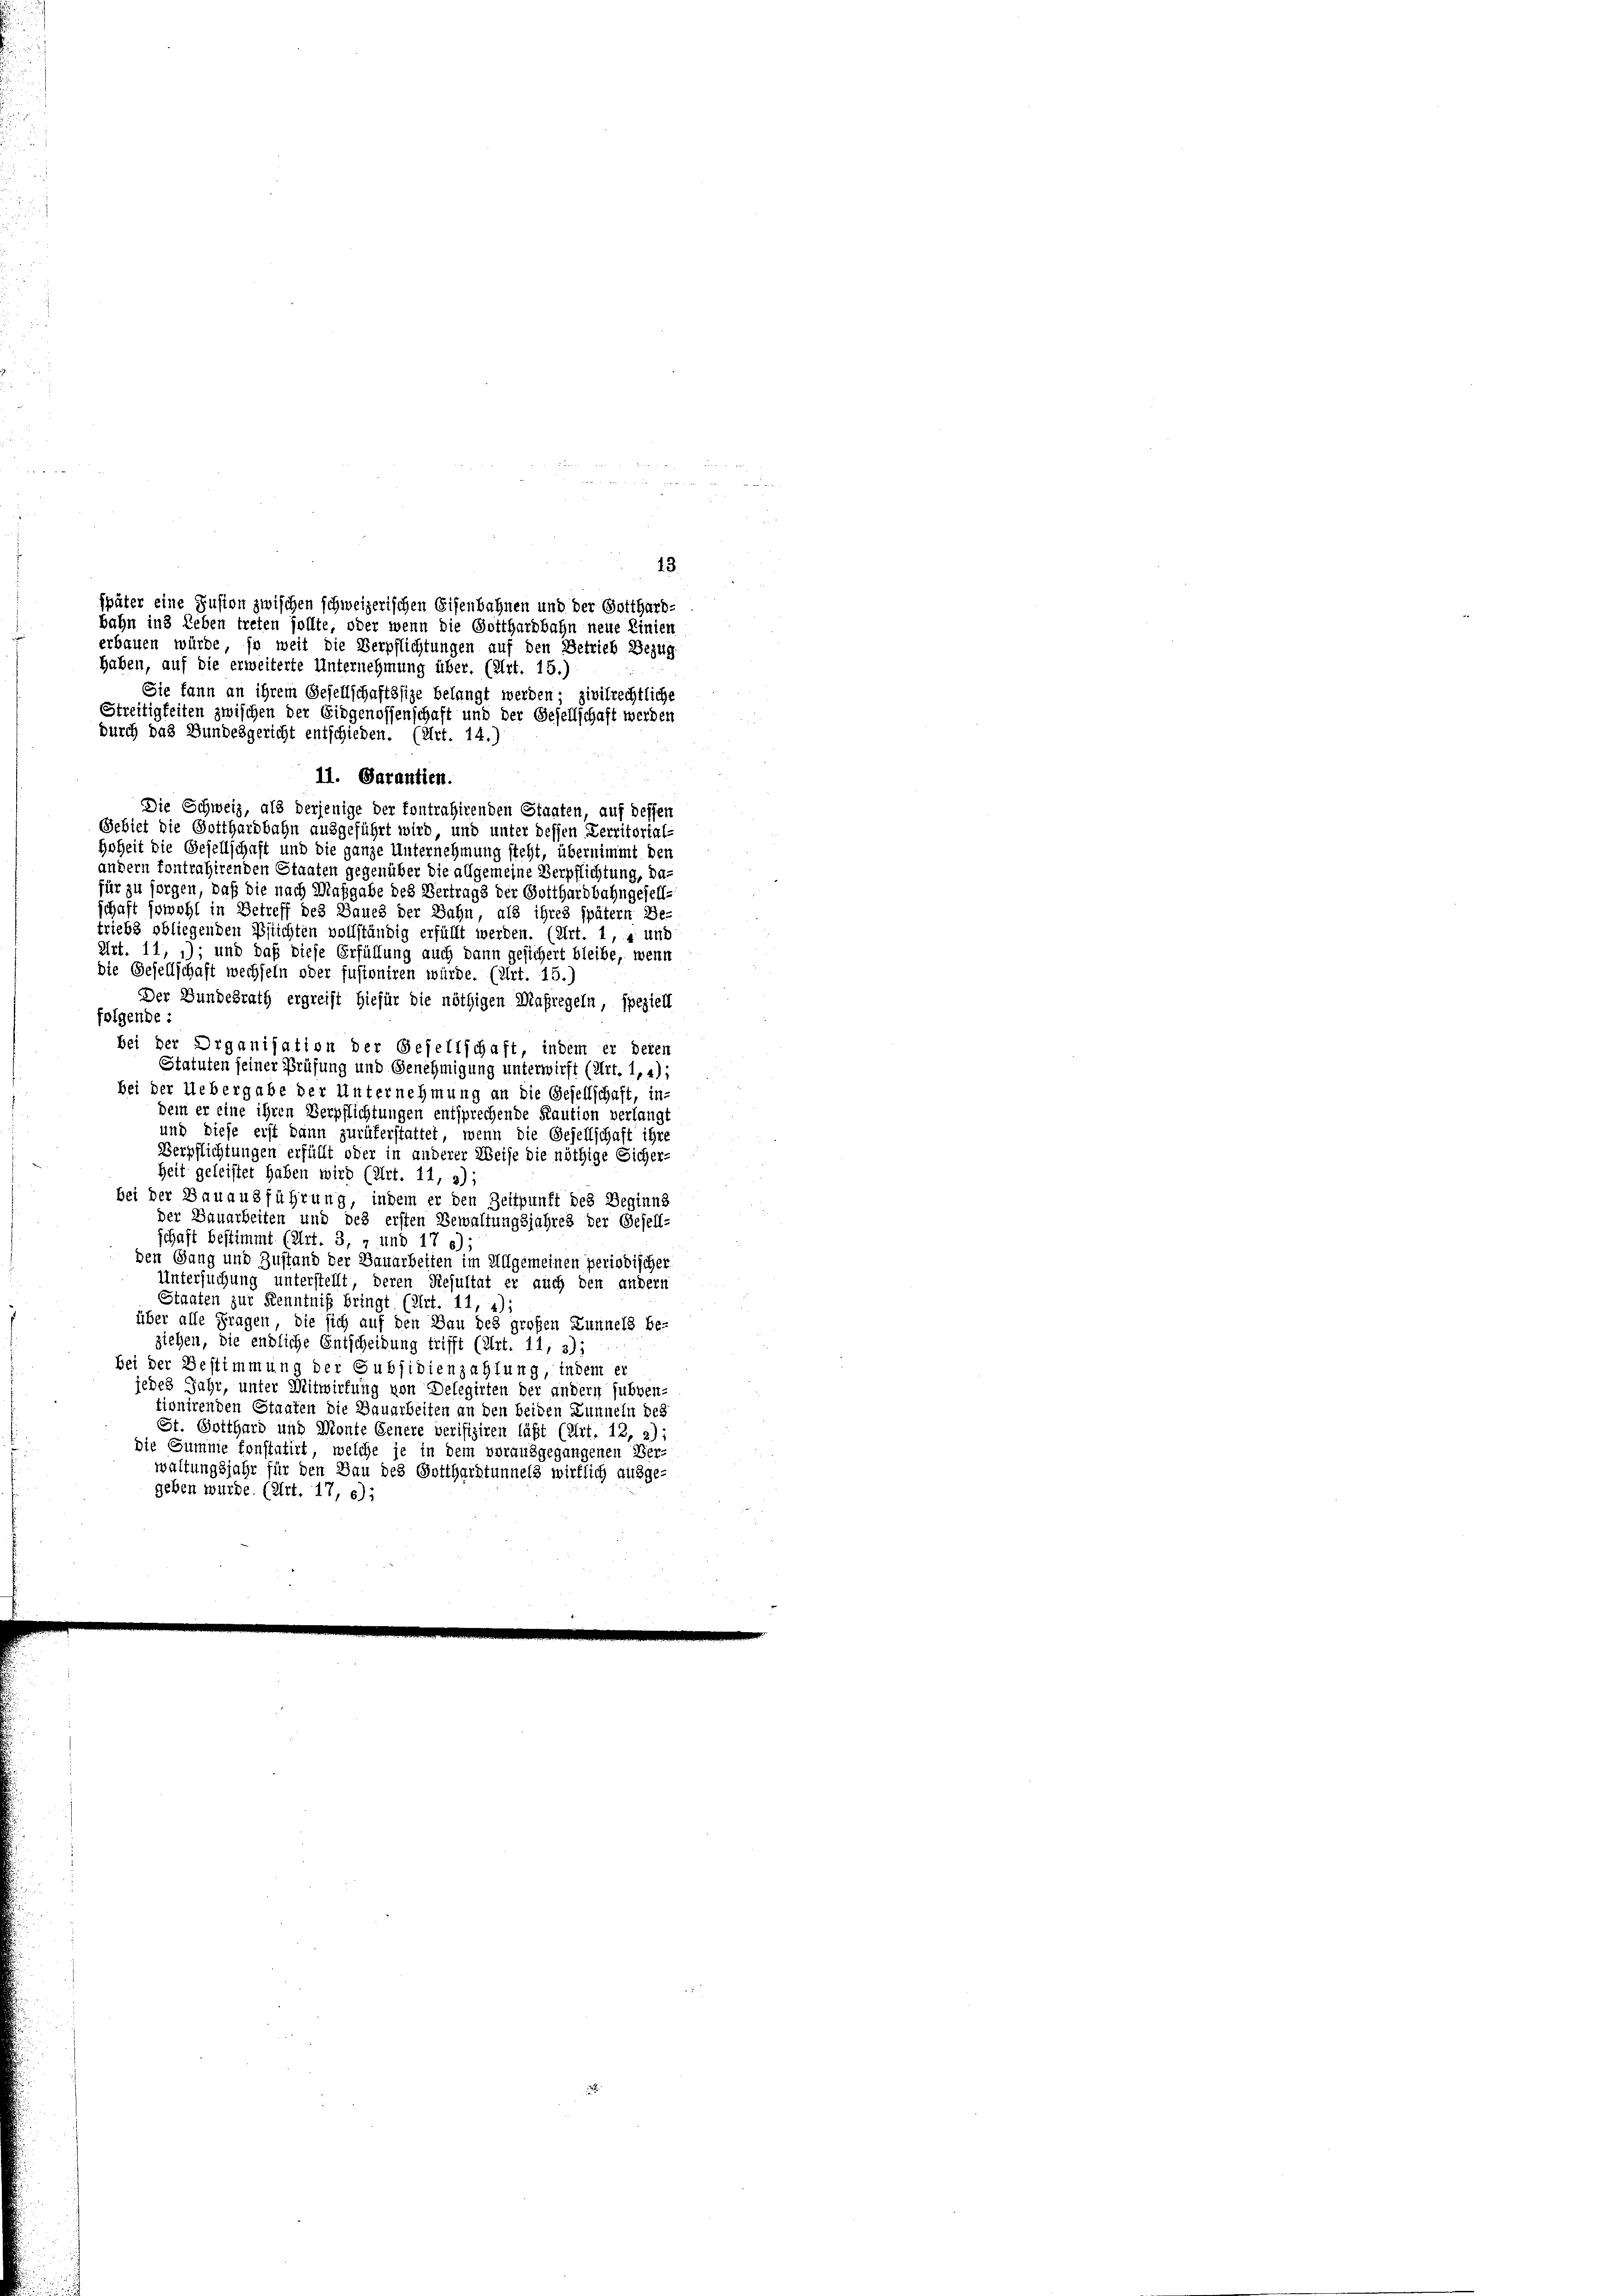
Sie kann an ihrem Gesellschaftssize belangt werden; zivilrechtliche
Streitigkeiten zwischen der Eidgenossenschaft und der Gesellschaft werden
durch das Bundesgericht entschieden. (Art. 14.)
11. Garantien.
Die Schweiz, als derjenige der fontrahirenden Staaten, auf dessen
Gebiet die Gotthardbahn ausgeführt wird, und unter dessen Verritortal-
Hoheit die Gesellschaft und die ganze Unternehmung steht, übernimmt den
andern fontrahirenden Staaten gegenüber die allgemeine Verpflichtung, da
für zu sorgen, daß die nach Maßgabe des Vertrags der Gotthardbahngesell-
schaft sowohl in Betreff des Baues der Bahn, als ihres später Be-
triebs obliegenden Pflichten vollständig erfüllt werden. (Art. 1, 4 und
Art. 11, 1); und daß diese Erfüllung auch dann gesichert bleibe, wenn
die Gesellschaft wechseln oder fusioniren würde. (Art. 15.
Der Bundesrath ergreift hiefür die nöthigen Maßregeln, speziell
folgende :
bei der Organisation der Gesellschaft, indem er deren
Statuten seiner Prüfung und Genehmigung unterwirft (Art. 1,4):
bei der Uebergabe der Unternehmung an die Gesellschaft, in-
dem er eine ihren Verpflichtungen entsprechende Kaution verlangt
und diese erst dann zurükerstattet, wenn die Gesellschaft ihre
Verpflichtungen erfüllt oder in anderer Weise die nöthige Sicher-
heit geleistet haben wird (Art. 11, 3);
bei der Bauausführung, indem er den Zeitpunft des Beginns
der Dauarbeiten und des ersten Bewaltungsjahres der Gesell-
schaft bestimmt (Art. 3, 7 und 17 6);
den Gang und Zustand der Bauarbeiten im Allgemeinen periodischer
Untersuchung unterstellt, deren Resultat er auch den andern
Staaten zur Kenntniß bringt (Art. 11, 4);
über alle Fragen, die sich auf den Bau des großen Zunnels be-
ziehen, die endliche Entscheidung trifft (Art. 11, 3);
bei der Bestimmung der Gubsidienzahlung, indem er
jedes Jahr, unter Mitwirkung von Delegirten der andern subven-
tionirenden Staaten die Bauarbeiten an den beiden Lunneln des
St. Gotthard und Monte Genere verifiziren läßt (Art. 12, 2):
die Summe konstatirt, welche je in dem vorausgegangenen Ver-
waltungsjahr für den Bau des Gotthardtunnels wirklich ausge-
geben wurde. (Art. 17, 6);

43
später eine Zusion zwischen schweizerischen Eisenbahnen und der Gotthard-
bahn in Leben treten sollte, oder wenn die Gotthardbahn neue Linien
erbauen würde, so weit die Verpflichtungen auf den Betrieb Bezug
Haben, auf die erweiterte Unternehmung über. (Art. 15.)